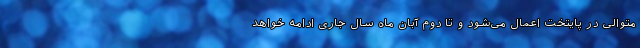
متوالی در پایتخت اعمال می‌شود و تا دوم آبان ماه سال جاری ادامه خواهد